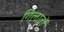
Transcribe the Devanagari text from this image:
गिलावों